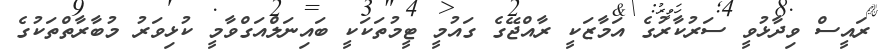
ރައީސް ވިދާޅުވީ ސަރުކާރުގެ އަމާޒަކީ ރާއްޖޭގެ ގައުމީ ޓީމުތަކަކީ ބައިނަލްއަގްވާމީ ކުޅިވަރު މުބާރާތްތަކުގެ